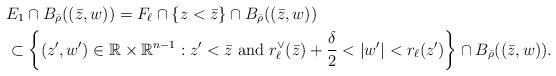
LaTeX: \begin{align*}&E_{1} \cap B_{\bar{\rho}}((\bar{z},w)) = F_{\ell} \cap \{ z< \bar{z} \} \cap B_{\bar{\rho}}((\bar{z},w)) \\& \subset \left\{ (z',w') \in \mathbb{R}\times \mathbb{R}^{n-1} : z' < \bar{z} \ \mbox{and} \ r_{\ell}^{\vee} (\bar{z})+ \frac{\delta}{2} < |w'| < r_{\ell} (z') \right\} \cap B_{\bar{\rho}}((\bar{z},w)).\end{align*}